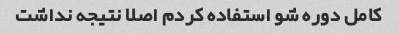
کامل دوره شو استفاده کردم اصلا نتیجه نداشت